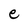
Character: e